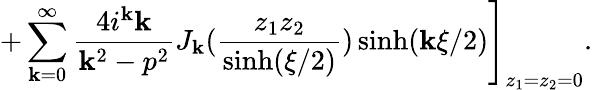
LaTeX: \left.+\sum_{\mathbf{k}=0}^{\infty}\frac{{4i^{\mathbf{k}}\mathbf{k}}}{{\mathbf{k}^{2}-p^{2}}}J_{\mathbf{k}}(\frac{{z_{1}z_{2}}}{{\sinh(\xi/2)}})\sinh(\mathbf{k}\xi/2)\right]_{z_{1}=z_{2}=0}.